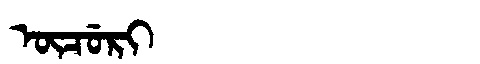
Manchu: ᡡᠴᡠᡵᡳ
Romanization: ŪCURI